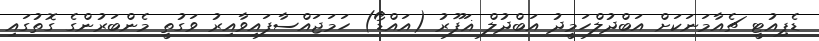
ޑެޕިއުޓީ ޗެއާމަނަކަށް އަބްދުލްހަމީދު އަބްދުލް ޣަފޫރު (އައްޑޯ) ހަމަޖައްސާފައިވާއިރު ވަގުތީ މެންބަރުންގެ ގޮތުގައި